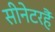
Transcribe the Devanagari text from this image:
सीनेटरहैं